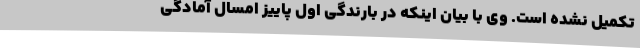
تکمیل نشده است. وی با بیان اینکه در بارندگی اول پاییز امسال آمادگی